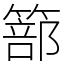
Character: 篰